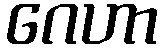
ဂေဟာ